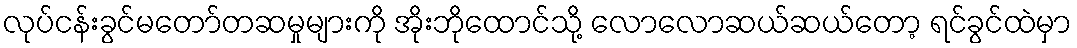
လုပ်ငန်းခွင်မတော်တဆမှုများကို အိုးဘိုထောင်သို့ လောလောဆယ်ဆယ်တော့ ရင်ခွင်ထဲမှာ